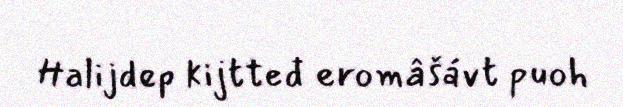
Halijdep kijtteđ eromâšávt puoh